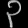
Digit: ၃